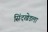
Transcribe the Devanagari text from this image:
सिंदखेडला